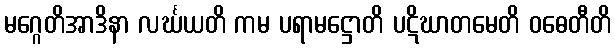
မဂ္ဂေတိအာဒိနာ လင်္ဃယတိ ကမ ပရာမဋ္ဌောတိ ပဋိဃာတမေတိ ဝဓေတီတိ